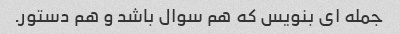
جمله ای بنویس که هم سوال باشد و هم دستور.